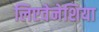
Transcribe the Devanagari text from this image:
लिएवेनेशिया